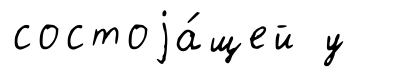
состоjа́щей у